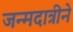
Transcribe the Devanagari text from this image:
जन्मदात्रीने